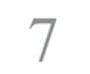
7